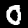
Label: 0